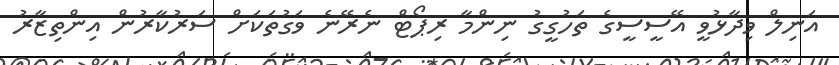
އަނިލް ވިދާޅުވީ އޭސީސީގެ ތަހުގީގު ނިންމާ ރިޕޯޓް ނެރޭނެ ވަގުތަކަށް ސަރުކާރުން އިންތިޒާރު